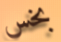
بخس